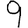
Digit: 9